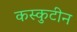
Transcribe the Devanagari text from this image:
कस्कुटीन